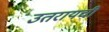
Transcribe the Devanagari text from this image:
उतरायची